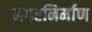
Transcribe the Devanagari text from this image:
नगरनिर्माण